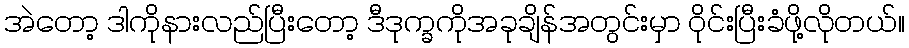
အဲတော့ ဒါကိုနားလည်ပြီးတော့ ဒီဒုက္ခကိုအခုချိန်အတွင်းမှာ ဝိုင်းပြီးခံဖို့လိုတယ်။